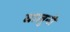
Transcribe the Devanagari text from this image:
घालुनी